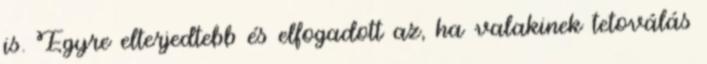
is. Egyre elterjedtebb és elfogadott az, ha valakinek tetoválás